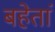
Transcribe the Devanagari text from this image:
बहेतां